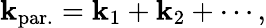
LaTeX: \mathbf{k}_{\mathrm{{par.}}}=\mathbf{k}_{1}+\mathbf{k}_{2}+\cdots,